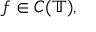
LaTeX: f \in C ( \mathbb { T } ) ,